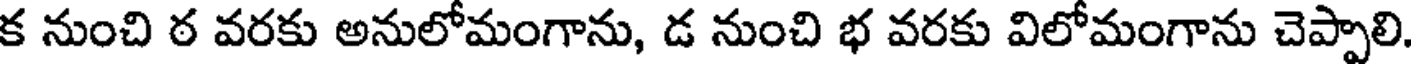
క నుంచి ఠ వరకు అనులోమంగాను, డ నుంచి భ వరకు విలోమంగాను చెప్పాలి